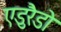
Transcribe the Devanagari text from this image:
एडुरैडो